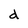
Character: d